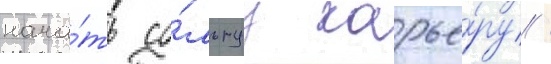
нача́ть со́льнуу карье́ру /